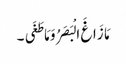
مَا زَاغَ الْبَصَرُ وَ مَا طَغَی ۔